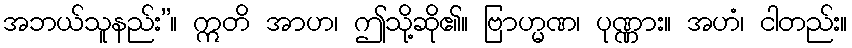
အဘယ်သူနည်း”။ ဣတိ အာဟ၊ ဤသို့ဆို၏။ ဗြာဟ္မဏ၊ ပုဏ္ဏား။ အဟံ၊ ငါတည်း။